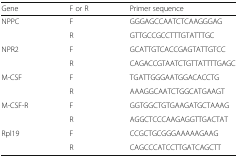
| Gene | F or R | Primer sequence |
 | --- | --- | --- |
 | NPPC | F | GGGAGCCAATCTCAAGGGAG |
 |  | R | GTTGCCGCCTTTGTATTTGC |
 | NPR2 | F | GCATTGTCACCGAGTATTGTCC |
 |  | R | CAGACCGTAATCTGTTATTTTGAGC |
 | M-CSF | F | TGATTGGGAATGGACACCTG |
 |  | R | AAAGGCAATCTGGCATGAAGT |
 | M-CSF-R | F | GGTGGCTGTGAAGATGCTAAAG |
 |  | R | AGGCTCCCAAGAGGTTGACTAT |
 | Rpl19 | F | CCGCTGCGGGAAAAAGAAG |
 |  | R | CAGCCCATCCTTGATCAGCTT |